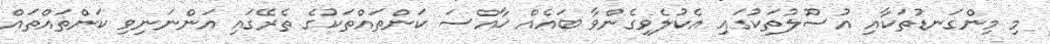
މި މިންގަނޑުތަކާއި އުސޫލުތަކުގައި އެކުލެވިގެންވާ ބައެއް ޚާއްސަ ކަންތައްތަކުގެ ތެރޭގައި އަންނަނިވި ކަންތައްތައް